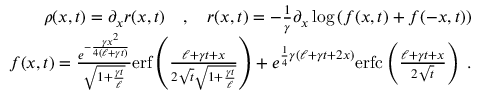
\begin{array} { r l r } & { } & { \rho ( x , t ) = \partial _ { x } r ( x , t ) \quad , \quad r ( x , t ) = - \frac { 1 } { \gamma } \partial _ { x } \log \left( f ( x , t ) + f ( - x , t ) \right) } \\ & { } & { f ( x , t ) = \frac { e ^ { - \frac { \gamma x ^ { 2 } } { 4 ( { \ell } + \gamma t ) } } } { \sqrt { 1 + \frac { \gamma t } { { \ell } } } } \mathrm { e r f } \left( \frac { { \ell } + \gamma t + x } { 2 \sqrt { t } \sqrt { 1 + \frac { \gamma t } { { \ell } } } } \right) + e ^ { \frac { 1 } { 4 } \gamma ( { \ell } + \gamma t + 2 x ) } \mathrm { e r f c } \left( \frac { { \ell } + \gamma t + x } { 2 \sqrt { t } } \right) \; . } \end{array}